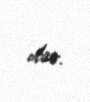
olar.